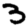
Digit: 3